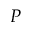
P